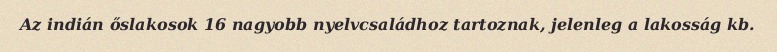
Az indián őslakosok 16 nagyobb nyelvcsaládhoz tartoznak, jelenleg a lakosság kb.